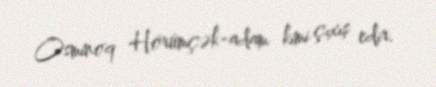
Osminoq Hörümçək-adam kimi çıxış edir.